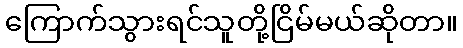
ကြောက်သွားရင်သူတို့ငြိမ်မယ်ဆိုတာ။